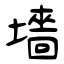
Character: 墻